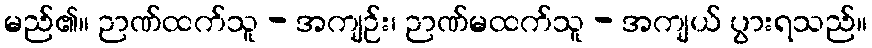
မည်၏။ ဉာဏ်ထက်သူ - အကျဉ်း၊ ဉာဏ်မထက်သူ - အကျယ် ပွားရသည်။